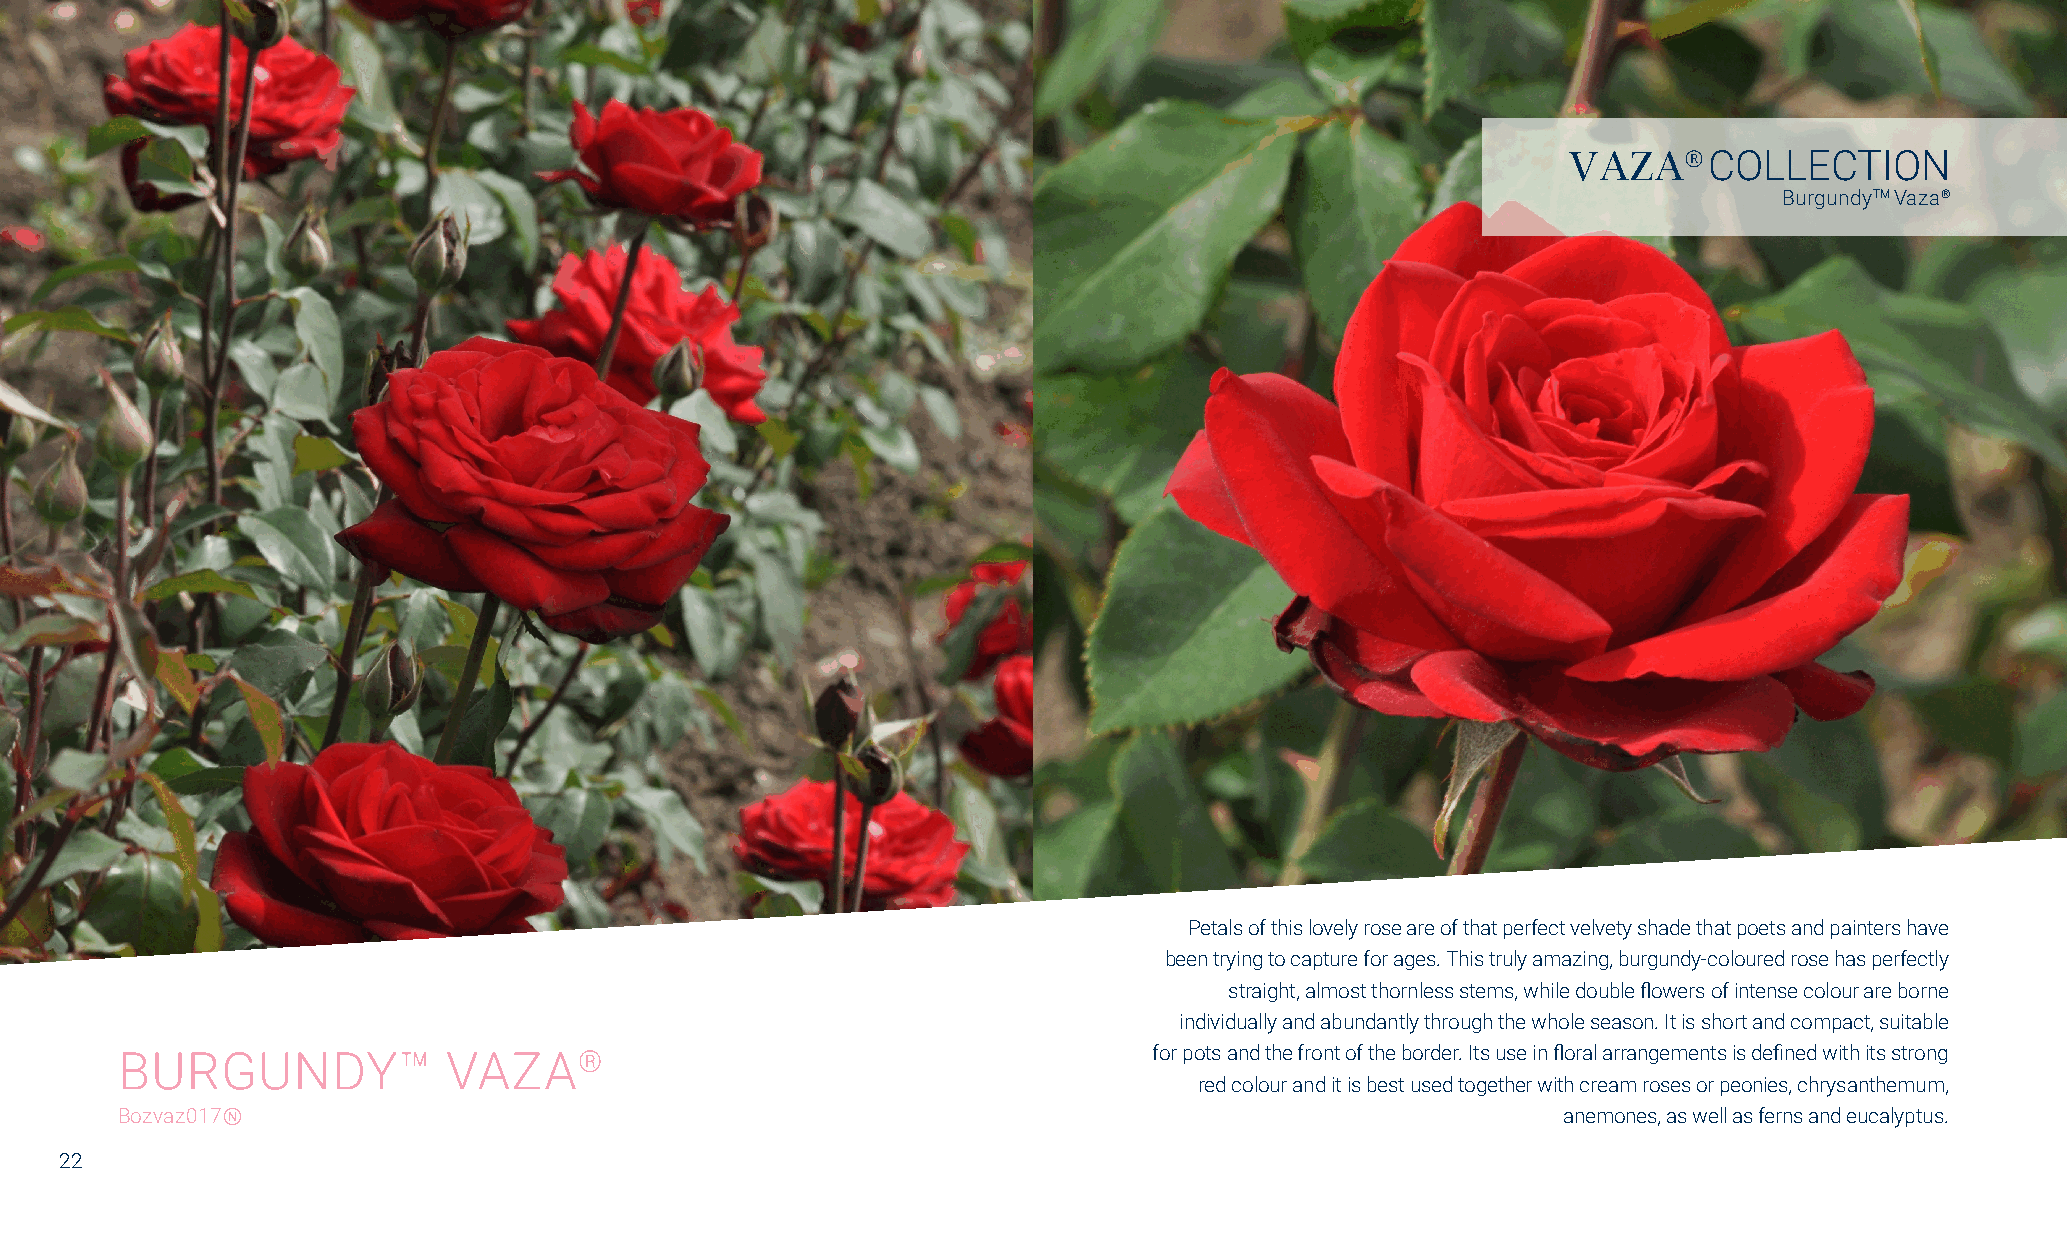
VAZA®    COLLECTION
 BurgundyTM Vaza®
 Petals of this lovely rose are of that perfect velvety shade that poets and painters have
 been trying to capture for ages. This truly amazing, burgundy-coloured rose has perfectly
 straight, almost thornless stems, while double flowers of intense colour are borne
 individually and abundantly through the whole season. It is short and compact, suitable
 BURGUNDY™             VAZA®                                         for pots and the front of the border. Its use in floral arrangements is defined with its strong
 red colour and it is best used together with cream roses or peonies, chrysanthemum,
 Bozvaz017Ⓝ                                                                                     anemones, as well as ferns and eucalyptus.
 22